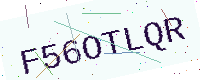
Text: F56OTLQR